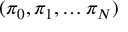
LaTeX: ( \pi _ { 0 } , \pi _ { 1 } , \ldots \pi _ { N } )